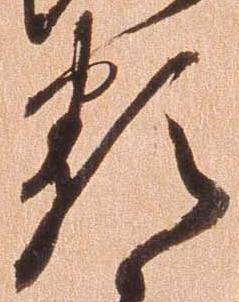
類